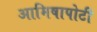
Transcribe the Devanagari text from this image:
आमिषापोटी